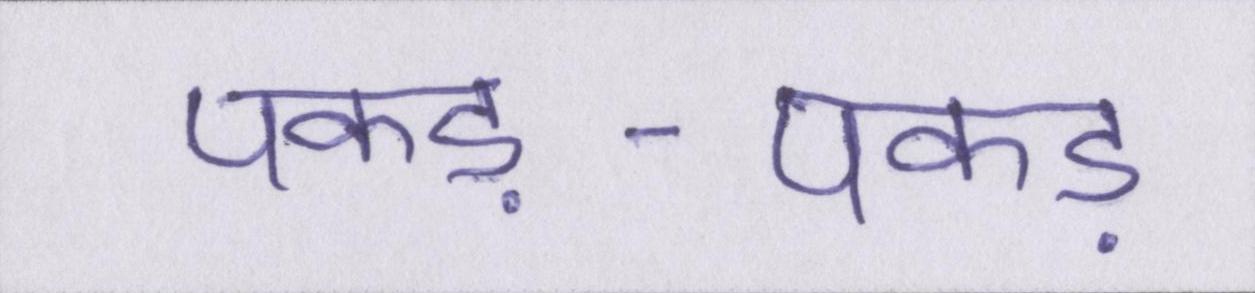
पकड़-पकड़